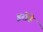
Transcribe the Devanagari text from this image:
इरोडे